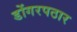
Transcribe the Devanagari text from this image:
डोंगरपठार